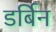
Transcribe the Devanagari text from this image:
डर्बिन